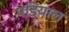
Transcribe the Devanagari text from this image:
पडियाल